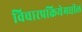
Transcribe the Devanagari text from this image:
विचारप्रक्रियेमधील